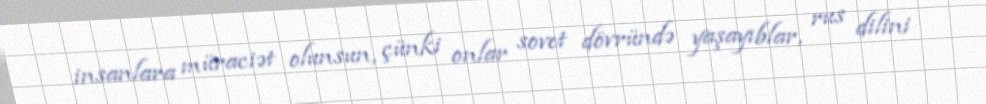
insanlara müraciət olunsun, çünki onlar sovet dövründə yaşayıblar, rus dilini